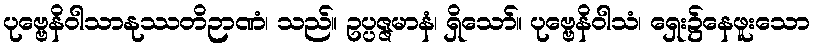
ပုဗ္ဗေနိဝါသာနုဿတိဉာဏံ၊ သည်။ ဥပ္ပဇ္ဇမာနံ၊ ရှိသော်။ ပုဗ္ဗေနိဝါသံ၊ ရှေး၌နေဖူးသော